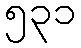
၅၃၁